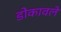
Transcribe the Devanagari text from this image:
डोकावले